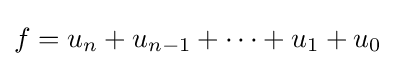
f=u_{n}+u_{n-1}+\dots +u_{1}+u_{0}